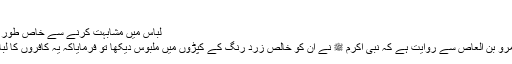
ابو داؤد ۴۰۳۱
لباس میں مشابہت کرنے سے خاص طور پر منع فرمایا گیا ہے:
حضرت عبد اللہ بن عمرو بن العاصؓ سے روایت ہے کہ نبی اکرم ﷺ نے ان کو خالص زرد رنگ کے کپڑوں میں ملبوس دیکھا تو فرمایاکہ یہ کافروں کا لباس ہے اس کو نہ پہنو۔